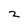
Character: z